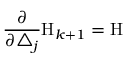
\frac \partial { \partial \triangle _ { j } } \mathrm { H } _ { k + 1 } = \mathrm { H }